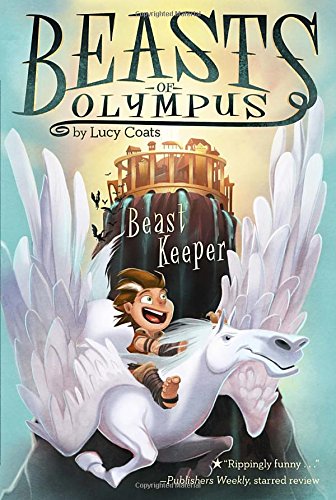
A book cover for Beast Keeper #1 (Beasts of Olympus); Lucy Coats; Children's Books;